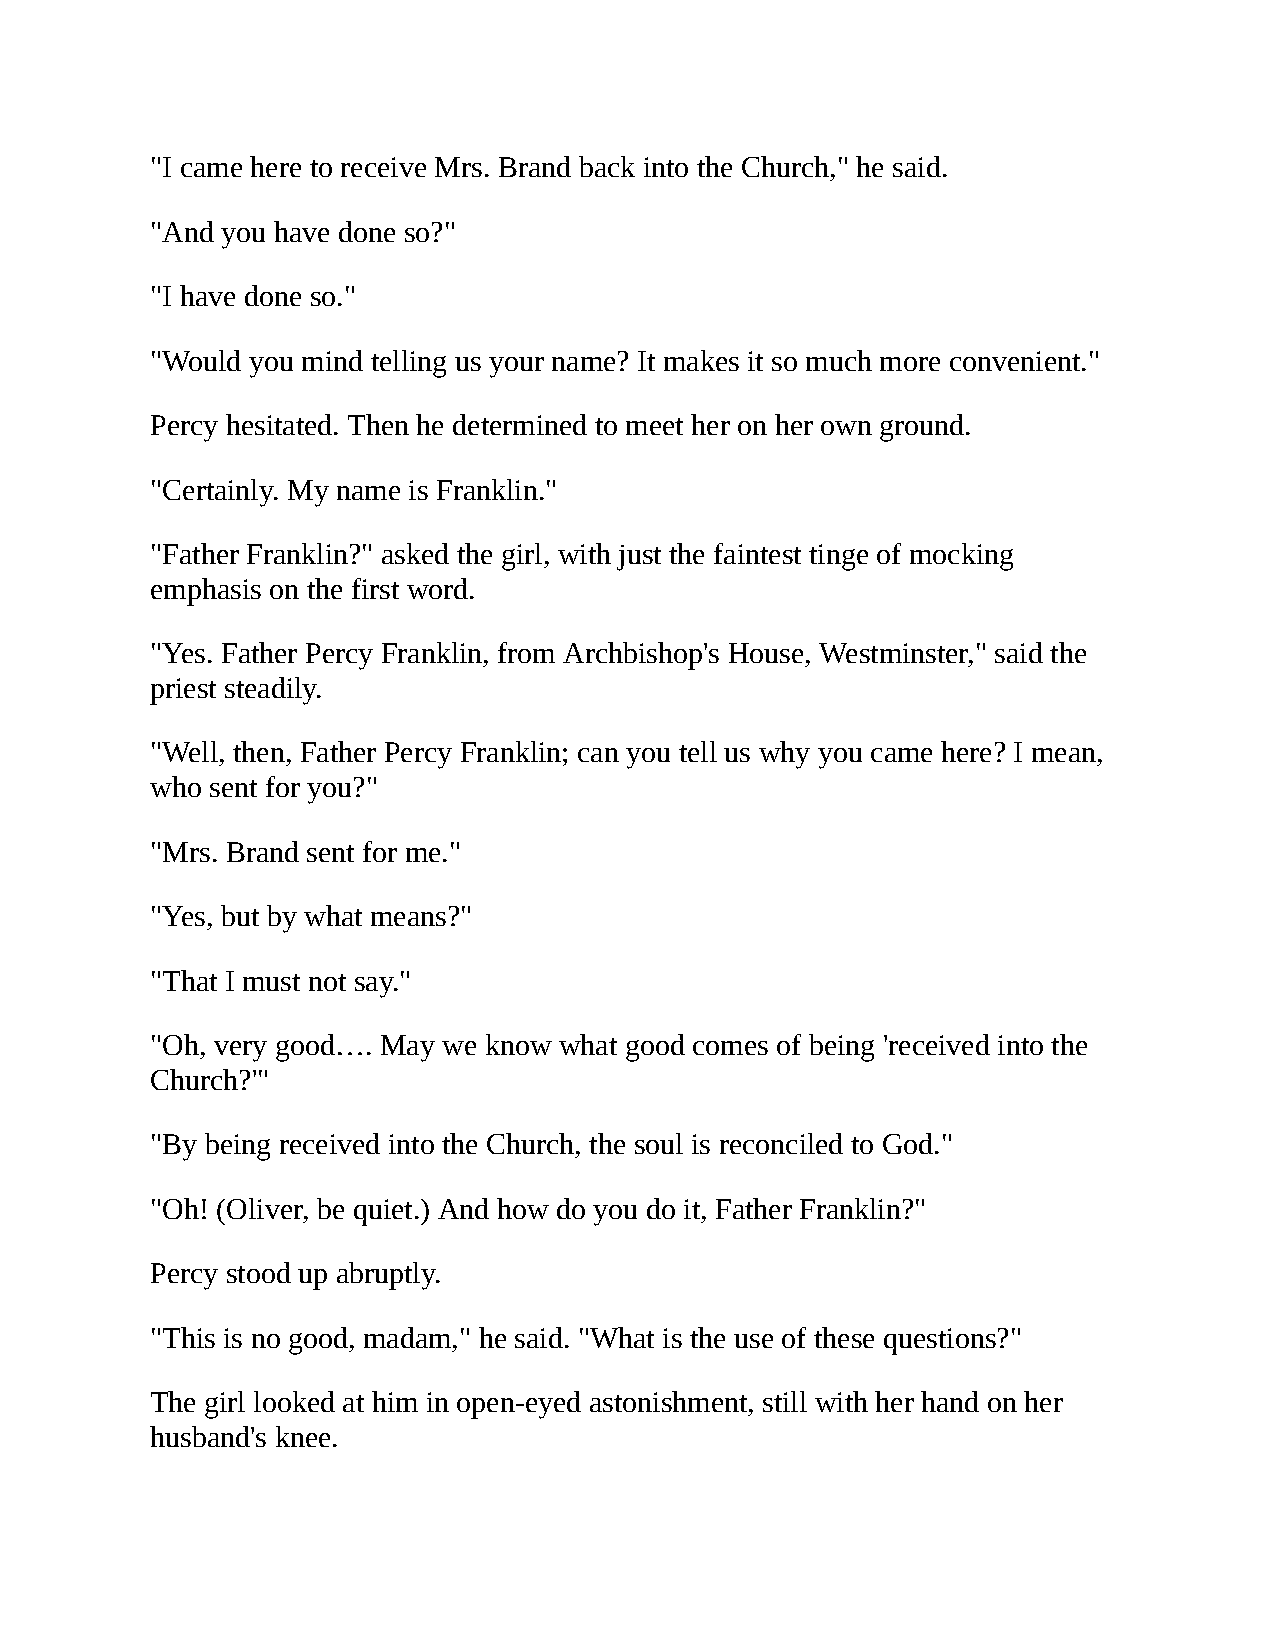
"I came here to receive Mrs. Brand back into the Church," he said.
 "And you have done so?"
 "I have done so."
 "Would you mind telling us your name? It makes it so much more convenient."
 Percy hesitated. Then he determined to meet her on her own ground.
 "Certainly. My name is Franklin."
 "Father Franklin?" asked the girl, with just the faintest tinge of mocking
 emphasis on the first word.
 "Yes. Father Percy Franklin, from Archbishop's House, Westminster," said the
 priest steadily.
 "Well, then, Father Percy Franklin; can you tell us why you came here? I mean,
 who sent for you?"
 "Mrs. Brand sent for me."
 "Yes, but by what means?"
 "That I must not say."
 "Oh, very good…. May we know what good comes of being 'received into the
 Church?'"
 "By being received into the Church, the soul is reconciled to God."
 "Oh! (Oliver, be quiet.) And how do you do it, Father Franklin?"
 Percy stood up abruptly.
 "This is no good, madam," he said. "What is the use of these questions?"
 The girl looked at him in open-eyed astonishment, still with her hand on her
 husband's knee.